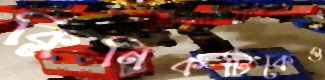
ক্লিনিকটিকেও